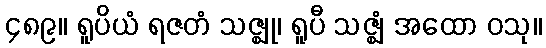
၄၈၉။ ရူပိယံ ရဇတံ သဇ္ဈု၊ ရူပီ သဇ္ဈံ အထော ဝသု။